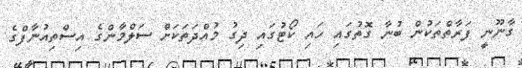
ގާނޫނީ ފަރާތްތަކުން ބުނާ ގޮތުގައި ހައި ކޯޓުގައި ދިގު މުއްދަތަކަށް ސަލްމާންގެ އިސްތިއުނާފްގެ